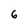
Character: 6